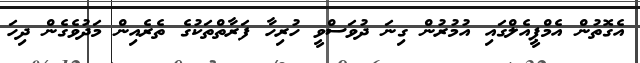
އެގޮތުން އެމްޕީއެލްގައި އުމުރުން ގިނަ ދުވަސްވީ ހުރިހާ ފަރާތްތަކުގެ ތެރެއިން މަދުވެގެން ދިހަ